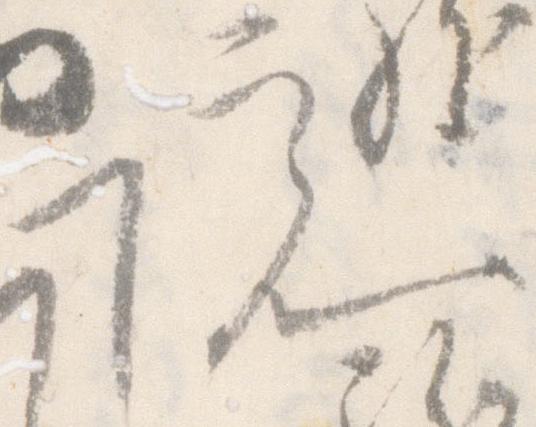
院